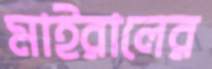
মাইরালের